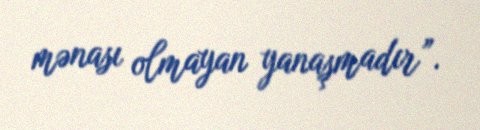
mənası olmayan yanaşmadır”.